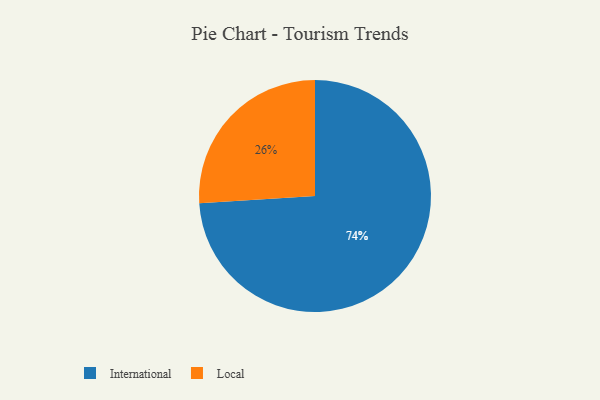
{"axis": {"x": "Category", "y": "Percentage"}, "legend": ["International", "Local"], "data": [{"x": "Local", "y": 26, "type": "Local"}, {"x": "International", "y": 74, "type": "International"}]}